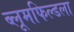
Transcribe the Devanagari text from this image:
ब्लूमफिल्डला